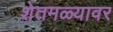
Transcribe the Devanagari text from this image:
शेतमळ्यावर